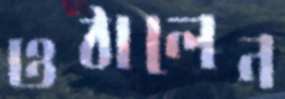
ওঠালেন